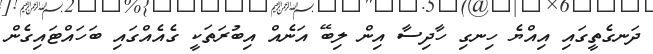
ދަނގެތީގައި އިއްޔެ ހިނގި ހާދިސާ އިން ލިބޭ އަނެއް އިބުރަތަކީ ގެއެއްގައި ބަހައްޓައިގެން